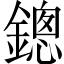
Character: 鏓